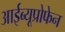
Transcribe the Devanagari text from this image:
आईब्यूप्रोफेन